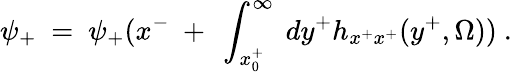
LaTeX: \psi_{+}~=~\psi_{+}(x^{-}~+~\int_{x_{0}^{+}}^{\infty}~dy^{+}h_{x^{+}x^{+}}(y^{+},\Omega))~.